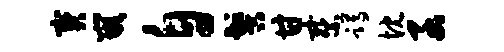
宝嵌自髻甘察蹲忱函